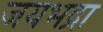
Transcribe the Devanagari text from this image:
जयभद्रा